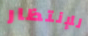
للإنتظار